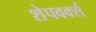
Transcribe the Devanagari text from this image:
शेपवर्क्स